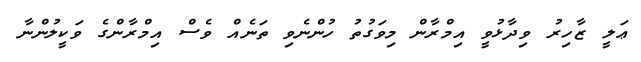
ޢަލީ ޒާހިރު ވިދާޅުވީ އިމްރާން މިވަގުތު ހުންނެވި ތަނެއް ވެސް އިމްރާންގެ ވަކީލުންނާ